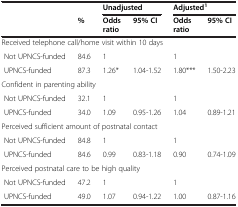
<table><thead><tr><td></td><td></td><td colspan="2"><b>Unadjusted</b></td><td colspan="2"><b>Adjusted<sup>1</sup></b></td></tr><tr><td></td><td><b>%</b></td><td><b>Odds ratio</b></td><td><b>95% CI</b></td><td><b>Odds ratio</b></td><td><b>95% CI</b></td></tr></thead><tbody><tr><td colspan="6">Received telephone call/home visit within 10 days</td></tr><tr><td> Not UPNCS-funded</td><td>84.6</td><td>1</td><td></td><td>1</td><td></td></tr><tr><td> UPNCS-funded</td><td>87.3</td><td>1.26*</td><td>1.04-1.52</td><td>1.80***</td><td>1.50-2.23</td></tr><tr><td colspan="6">Confident in parenting ability</td></tr><tr><td> Not UPNCS-funded</td><td>32.1</td><td>1</td><td></td><td>1</td><td></td></tr><tr><td> UPNCS-funded</td><td>34.0</td><td>1.09</td><td>0.95-1.26</td><td>1.04</td><td>0.89-1.21</td></tr><tr><td colspan="6">Perceived sufficient amount of postnatal contact</td></tr><tr><td> Not UPNCS-funded</td><td>84.8</td><td>1</td><td></td><td>1</td><td></td></tr><tr><td> UPNCS-funded</td><td>84.6</td><td>0.99</td><td>0.83-1.18</td><td>0.90</td><td>0.74-1.09</td></tr><tr><td colspan="6">Perceived postnatal care to be high quality</td></tr><tr><td> Not UPNCS-funded</td><td>47.2</td><td>1</td><td></td><td>1</td><td></td></tr><tr><td> UPNCS-funded</td><td>49.0</td><td>1.07</td><td>0.94-1.22</td><td>1.00</td><td>0.87-1.16</td></tr></tbody></table>